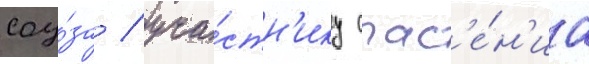
соу́за / уча́стн'ику спас'е́н'иа